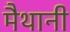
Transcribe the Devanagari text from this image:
मैथानी